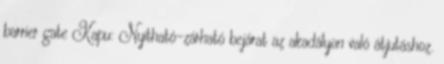
barrier gate Kapu: Nyitható-zárható bejárat az akadályon való átjutáshoz.